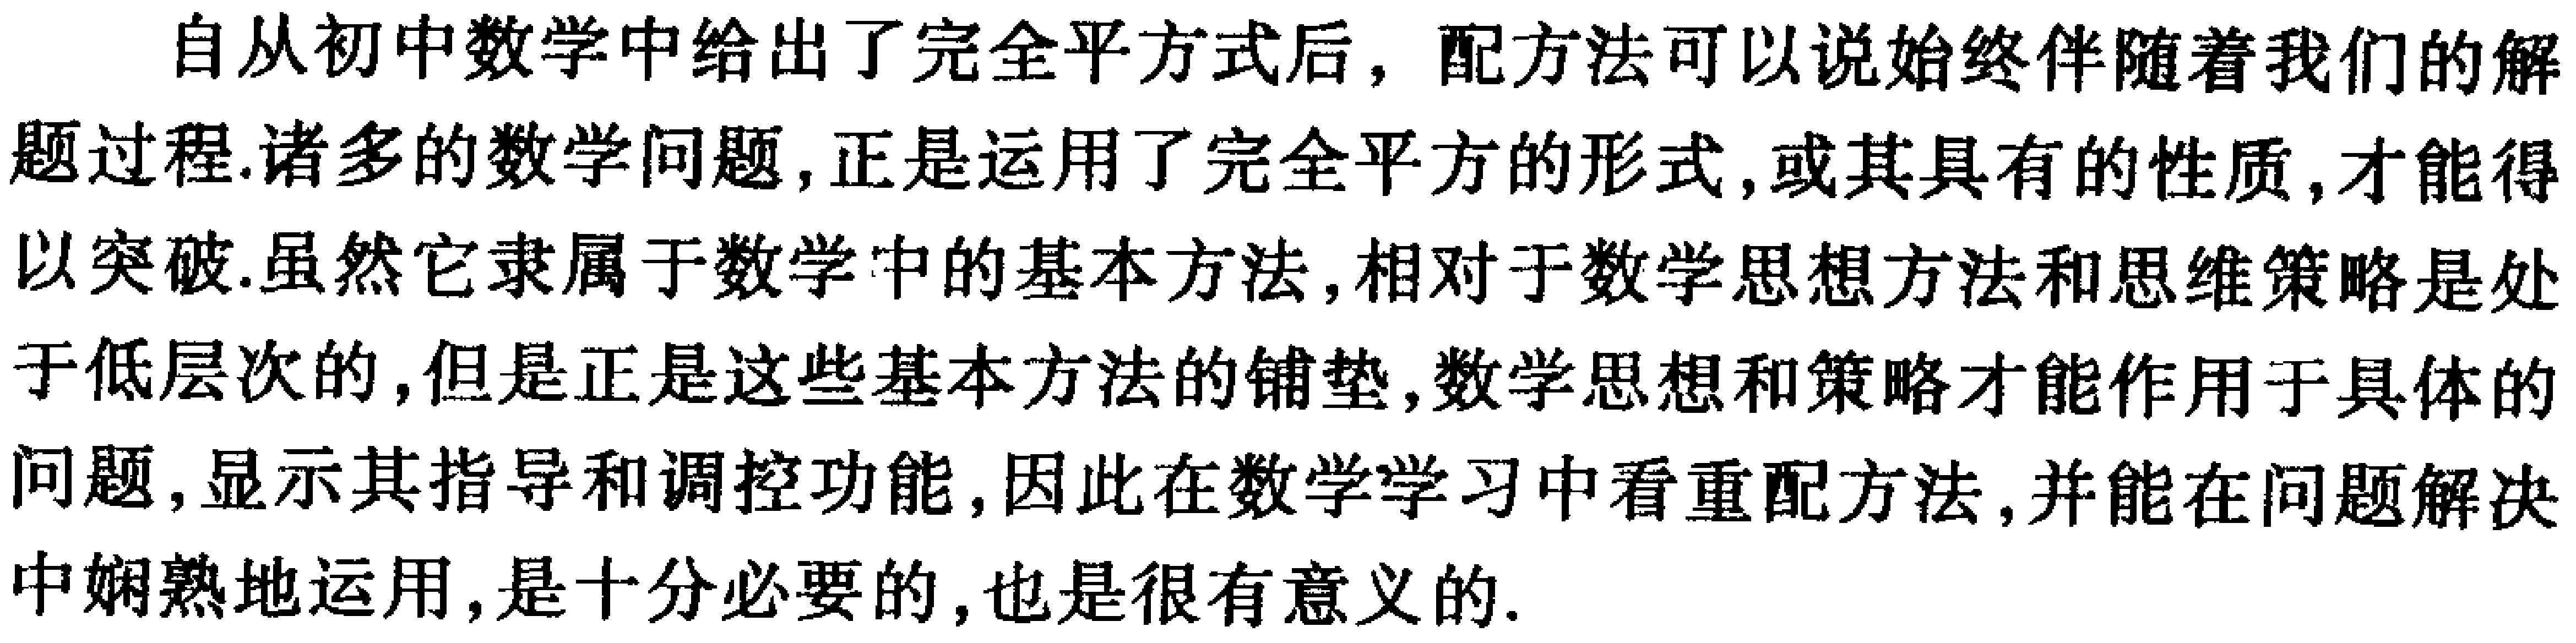
自从初中数学中给出了完全平方式后，配方法可以说始终伴随着我们的解
题过程.诸多的数学问题,正是运用了完全平方的形式,或其具有的性质,才能得
以突破.虽然它隶属于数学中的基本方法,相对于数学思想方法和思维策略是处
于低层次的,但是正是这些基本方法的铺垫,数学思想和策略才能作用于具体的
问题,显示其指导和调控功能,因此在数学学习中看重配方法,并能在问题解决
中娴熟地运用,是十分必要的,也是很有意义的.